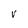
Character: V